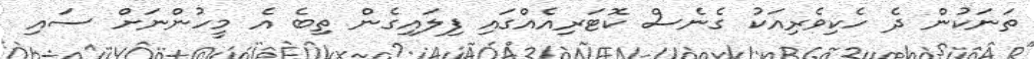
ތަނަކުން ދެ ހެކިވެރިއަކު ގެނެސް ކޮޓަރިއެއްގައި ފިލައިގެން ތިބެ އެ މީހުންނަށް ސައި